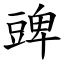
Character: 豍